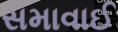
સમાવાઈ